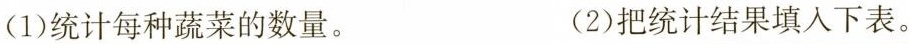
(1)统计每种蔬菜的数量。 (2)把统计结果填入下表。